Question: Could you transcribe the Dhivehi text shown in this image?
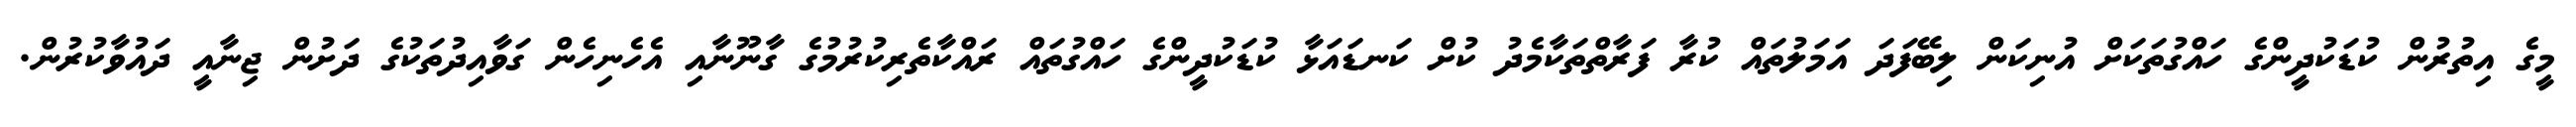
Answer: މީގެ އިތުރުން ކުޑަކުދީންގެ ހައްގުތަކަށް އުނިކަން ލިބޭފަދަ އަމަލުތައް ކުރާ ފަރާތްތަކާމެދު ކުށް ކަނޑައަޅާ ކުޑަކުދީންގެ ހައްގުތައް ރައްކާތެރިކުރުމުގެ ގާނޫނާއި އެހެނިހެން ގަވާއިދުތަކުގެ ދަށުން ޖިނާއީ ދައުވާކުރުން.